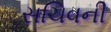
સચિવની